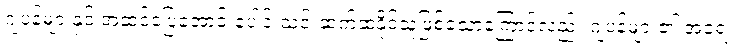
ဂျပန်များနှင့် အဆင်ပြေအောင် ပေါင်းသင်းဆက်ဆံနိုင်သူဖြစ်သောကြောင့်လည်း ဂျပန်များ၏ အရေး